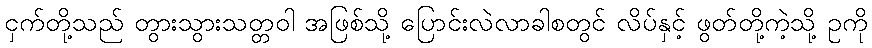
ငှက်တို့သည် တွားသွားသတ္တဝါ အဖြစ်သို့ ပြောင်းလဲလာခါစတွင် လိပ်နှင့် ဖွတ်တို့ကဲ့သို့ ဥကို